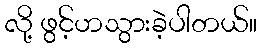
လို့ ဖွင့်ဟသွားခဲ့ပါတယ်။